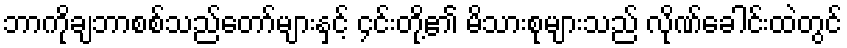
ဘာကိုချဘာစစ်သည်တော်များနှင့် ၄င်းတို့၏ မိသားစုများသည် လိုဏ်ခေါင်းထဲတွင်